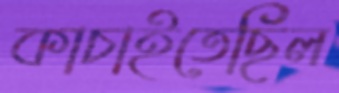
কাচাইতেছিল